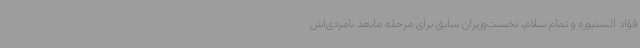
فؤاد السنیوره و تمام سلام، نخست‌وزیران سابق برای مرحله مابعد نامزدی‌اش